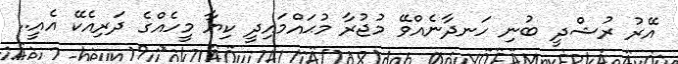
އޭރު ރުޝްދީ ބުނި ހަނދާނެއްވޭ މުޖުރާ މުޙައްމައިދީ ކިޔާ މީހެއްގެ ދަރިއެކޭ އެއީ..